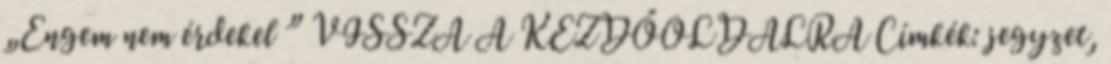
„Engem nem érdekel ” VISSZA A KEZDŐOLDALRA Címkék: jegyzet,